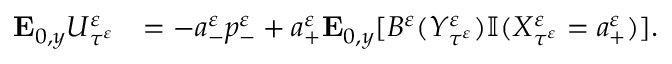
\begin{array} { r l } { \mathbf { E } _ { 0 , y } U _ { \tau ^ { \varepsilon } } ^ { \varepsilon } } & { = - a _ { - } ^ { \varepsilon } p _ { - } ^ { \varepsilon } + a _ { + } ^ { \varepsilon } \mathbf { E } _ { 0 , y } [ B ^ { \varepsilon } ( Y _ { \tau ^ { \varepsilon } } ^ { \varepsilon } ) \mathbb { I } ( X _ { \tau ^ { \varepsilon } } ^ { \varepsilon } = a _ { + } ^ { \varepsilon } ) ] . } \end{array}